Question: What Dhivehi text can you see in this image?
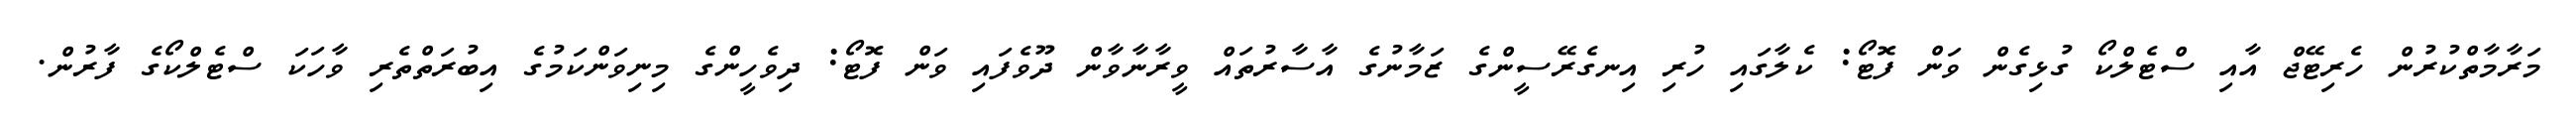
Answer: މަރާމާތްކުރުން ހެރިޓޭޖް އާއި ސްޓެލްކޯ ގުޅިގެން ވަން ފޮޓޯ: ކެލާގައި ހުރި އިނގެރޭސީންގެ ޒަމާނުގެ އާސާރުތައް ވީރާނާވާން ދޫވެފައި ވަން ފޮޓޯ: ދިވެހީންގެ މިނިވަންކަމުގެ އިބުރަތްތެރި ވާހަކަ ސްޓެލްކޯގެ ފާރުން.